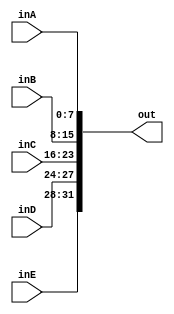
module concatenator (out,inA,inB,inC,inD,inE);
  parameter WIDTH0=8;
  parameter WIDTH1=4;
 // parameter WIDTH_out=
  output [(3*WIDTH0+2*WIDTH1)-1:0] out;
  input [WIDTH0-1:0] inA, inB,inC;
  input [WIDTH1-1:0] inD, inE;
  
  assign out={inE,inD,inC,inB,inA};
  
  
endmodule